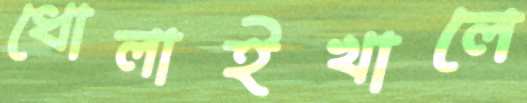
ধোলাইখালে